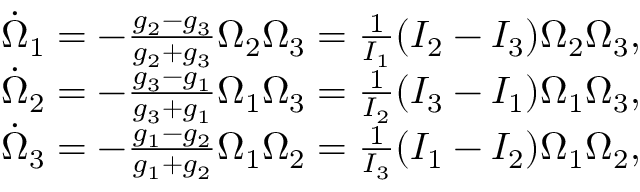
\begin{array} { r } { \dot { \Omega } _ { 1 } = - \frac { g _ { 2 } - g _ { 3 } } { g _ { 2 } + g _ { 3 } } \Omega _ { 2 } \Omega _ { 3 } = \frac { 1 } { I _ { 1 } } ( I _ { 2 } - I _ { 3 } ) \Omega _ { 2 } \Omega _ { 3 } , } \\ { \dot { \Omega } _ { 2 } = - \frac { g _ { 3 } - g _ { 1 } } { g _ { 3 } + g _ { 1 } } \Omega _ { 1 } \Omega _ { 3 } = \frac { 1 } { I _ { 2 } } ( I _ { 3 } - I _ { 1 } ) \Omega _ { 1 } \Omega _ { 3 } , } \\ { \dot { \Omega } _ { 3 } = - \frac { g _ { 1 } - g _ { 2 } } { g _ { 1 } + g _ { 2 } } \Omega _ { 1 } \Omega _ { 2 } = \frac { 1 } { I _ { 3 } } ( I _ { 1 } - I _ { 2 } ) \Omega _ { 1 } \Omega _ { 2 } , } \end{array}